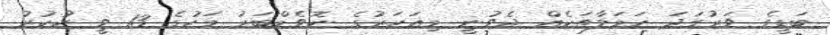
ބަޑީގެ ވަރުގަދަ ހަމަލާތަކެއް ދެވުނީ މިއަހަރުގެ ނޮވެމްބަރު މަހުގެ 13 ވީ ހުކުރު